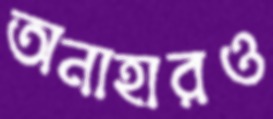
অনাহারও